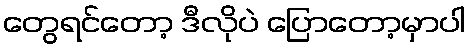
တွေရင်တော့ ဒီလိုပဲ ပြောတော့မှာပါ